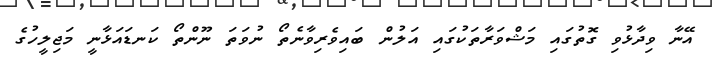
އޭނާ ވިދާޅުވި ގޮތުގައި މަޝްވަރާތަކުގައި އަލުން ބައިވެރިވާނެތޯ ނުވަތަ ނޫންތޯ ކަނޑައަޅާނީ މަޖިލީހުގެ